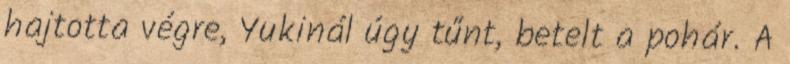
hajtotta végre, Yukinál úgy tűnt, betelt a pohár. A